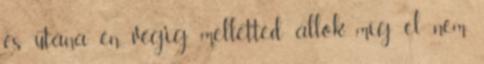
és utána én végig melletted állok, míg el nem